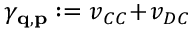
\gamma _ { \mathbf { q } , \mathbf { p } } : = v _ { C C } \! + \! v _ { D C }